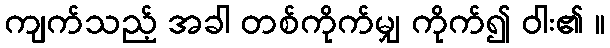
ကျက်သည့် အခါ တစ်ကိုက်မျှ ကိုက်၍ ဝါး၏ ။